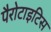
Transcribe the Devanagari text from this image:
पैरोटाइटिस